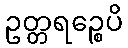
ဥတ္တရဉ္စေပိ